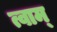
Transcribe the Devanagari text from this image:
त्वाम्